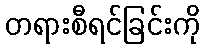
တရားစီရင်ခြင်းကို